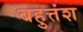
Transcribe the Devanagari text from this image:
बहुत्तंश